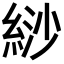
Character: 𦀛